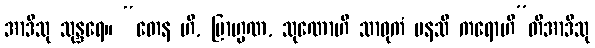
အာဒီသု သုန္ဒရေ။ “တေန ဟိ, ဗြာဟ္မဏ, သုဏောဟိ သာဓုကံ မနသိ ကရောဟီ”တိအာဒီသု